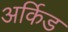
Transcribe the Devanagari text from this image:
अर्किड